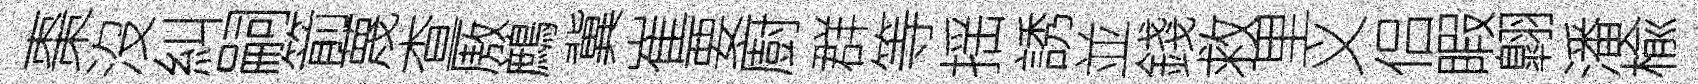
棗沒糾嗣箭蔑查厫鷓冀崔要廚群等揺誘並錢救里义侣睱翺潘楡